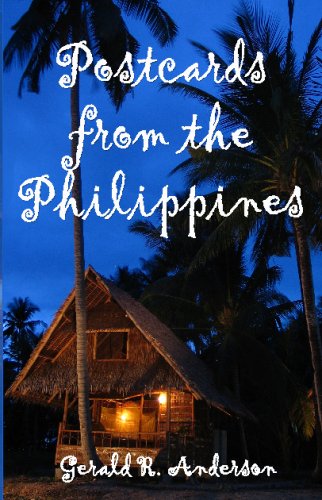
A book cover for Postcards From The Philippines; Gerald R. Anderson; Travel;